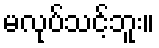
မလုပ်သင့်ဘူး။